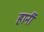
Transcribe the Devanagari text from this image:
हार्नी